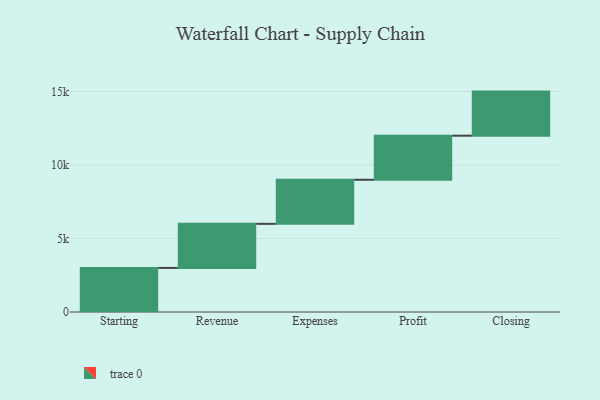
{"axis": {"x": "Step", "y": "Value"}, "legend": [""], "data": [{"x": "Starting", "y": 3000, "type": ""}, {"x": "Revenue", "y": 3000, "type": ""}, {"x": "Expenses", "y": 3000, "type": ""}, {"x": "Profit", "y": 3000, "type": ""}, {"x": "Closing", "y": 3000, "type": ""}]}